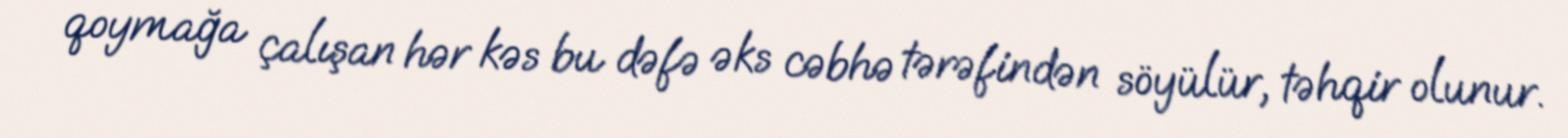
qoymağa çalışan hər kəs bu dəfə əks cəbhə tərəfindən söyülür, təhqir olunur.